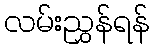
လမ်းညွှန်ရန်